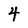
Character: 4